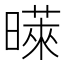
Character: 𪱉